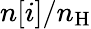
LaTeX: n[i]/n_{\mathrm{H}}